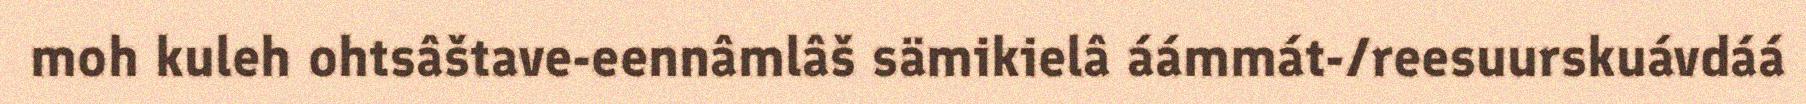
moh kuleh ohtsâštave-eennâmlâš sämikielâ áámmát-/reesuurskuávdáá